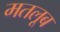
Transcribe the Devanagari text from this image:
मतलूब